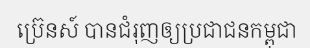
ប្រ៊េនស៍ បានជំរុញឲ្យប្រជាជនកម្ពុជា